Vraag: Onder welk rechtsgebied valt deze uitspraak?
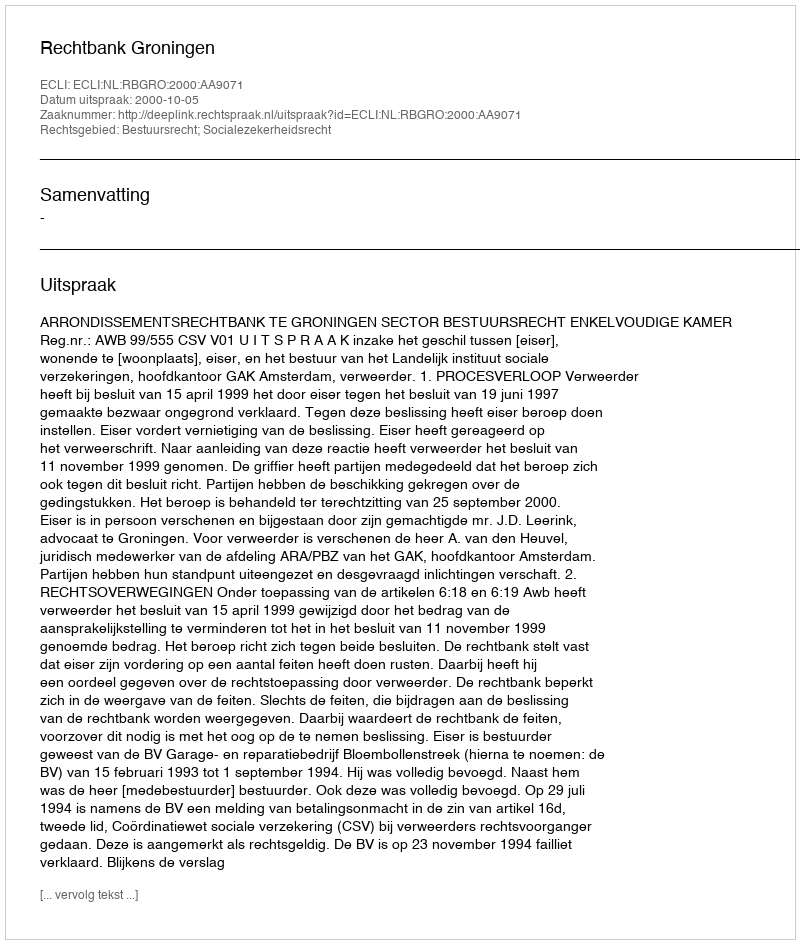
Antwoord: Bestuursrecht; Socialezekerheidsrecht